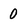
Character: 0